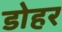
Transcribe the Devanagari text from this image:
डोहर